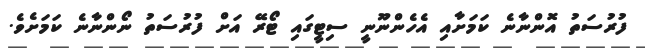
ފުރުސަތު އޮންނާނެ ކަމަށާއި އެހެންނޫނީ ސިޓީގައި ޓޯރޭ އަށް ފުރުސަތު ނޯންނާނެ ކަމަށެވެ.